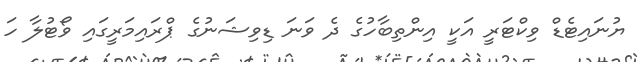
ޔުނައިޓެޑް ވިކްޓަރީ އަކީ އިންތިބާހުގެ ދެ ވަނަ ޑިވިޝަނުގެ ޕްރައިމަރީގައި ވޯޓުލާ ހަ